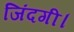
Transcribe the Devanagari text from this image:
जिंदगी।